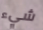
شيء